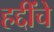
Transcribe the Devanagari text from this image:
हद्दींचे